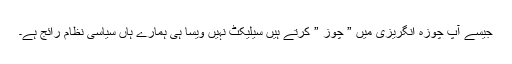
جیسے آپ چوزہ انگریزی میں ” چوز ” کرتے ہیں سیلیکٹ نہیں ویسا ہی ہمارے ہاں سیاسی نظام رائج ہے۔